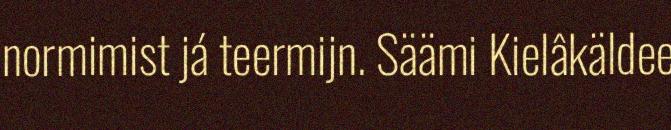
normimist já teermijn. Säämi Kielâkäldee